Annual statistical returns and brief notes on vaccination in Bengal - 1887-1898
Year: 1887
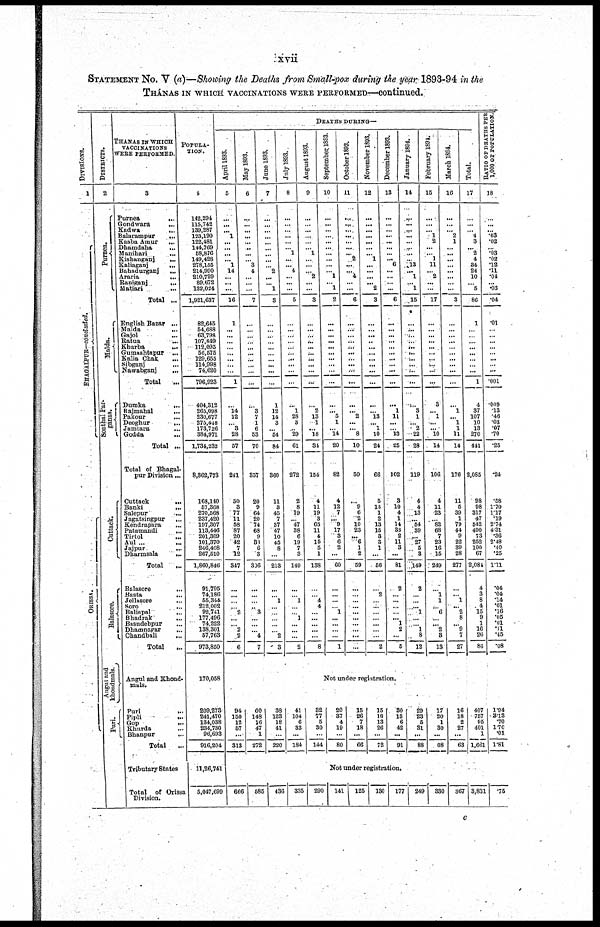
xvii
STATEMENT No. V (a)—Showing the Deaths from Small-pox during the year 1893-94 in the
THÁNAS IN WHICH VACCINATIONS WERE PERFORMED—continued.
DIVISIONS.
1
BHAGALPUR—concluded.
ORISSA.
DISTRICTS.
2
Purnea.
Malda.
Sonthal Par-
ganas.
Cuttack.
Balasore.
Angul and
khondmals.
Puri.
THANAS IN WHICH
VACCINATIONS
WERE PERFORMED.
3
Purnea
...
Gondwara
...
Kadwa
...
Balarampur
...
Kasba Amur
...
Dhamdaha ...
Manihari ...
Kishanganj ...
Kaliaganj ...
Bahadurganj ...
Araria ...
Raniganj
...
Matiari
...
Total ...
English Bazar ...
Malda
...
Gajol ...
Ratna ...
Kharba
...
Gumashtapur
...
Kalia Chak ...
Sibganj ...
Nawabganj
...
Total
...
Dumka
...
Rajmahal
...
Pakour ...
Deoghur
...
Jamtara
...
Godda
...
Total ...
Total of Bhagal-
pur Division ...
Cuttack
...
Banki
...
Salepur ...
Jagatsingpur
...
Kendrapara
...
Patamandi
...
Tirtol ...
Aul ...
Jajpur
...
Dharmsala
...
Total
...
Balasore
...
Basta
...
Jellasore ...
Soro
...
Baliapal
...
Bhadrak
...
Basudebpur ...
Dhamnagar
...
Chandbali ...
Total
...
Angul and Khond-
mals.
Puri
...
Pipli
...
Gop
...
Khurda
...
Bhanpur ...
Total
...
Tributary States
Total
of Orissa
Division.
POPULA-
TION.
4
142,294
115,742
139,287
123,190
122,481
144,769
58,876
149,428
278,155
214,990
210,729
89,672
132,024
1,921,637
82,645
54,688
63,798
107,849
112,095
56,575
129,655
114,998
74,620
796,923
404,312
265,098
230,677
275,448
173,726
384,971
1,734,232
8,362,773
168,140
57,368
270,568
237,420
197,307
113,446
201,309
101,370
246,408
267,510
1,860,846
91,795
74,186
55,344
212,002
92,741
177,496
74,222
138,301
57,763
973,850
170,058
209,273
241,470
134,038
234,730
96,693
916,204
11,26,741
5,047,699
DEATHS DURING—
April 1893.
5
...
...
... 1
...
...
...
... 1
14
...
...
...
16
1
...
...
...
...
...
...
...
...
1
...
14
12
... 3
28
57
241
30
3
77
11
58
87
20
42
7
12
347
...
...
...
...
2
...
...
2
2
6
May 1893.
6
...
...
...
...
...
...
...
... 3
4
...
...
...
7
...
...
...
...
...
...
...
...
...
...
...
3
7
1
6
53
70
357
20
9
64
20
74
68
9
38
6
3
306
...
...
...
... 3
...
...
...
4
7
June 1893.
7
...
...
...
...
...
...
...
...
...
2
...
... 1
3
...
...
...
...
...
...
...
...
...
...
1
12
14
3
...
54
84
360
11
3
45
7
37
47
10
45
8
...
213
...
... 1
...
...
...
...
...
2
3
July 1893.
8
...
...
...
... ...
... 1
...
... 4
...
...
...
5
...
...
...
...
...
...
...
...
...
...
...
1
28
3
...
29
61
272
2
8
19
... 47
38
6
19
7
3
149
...
...
1
...
...
1
...
...
...
2
August 1893.
9
...
...
...
...
...
...
1
...
...
... 2
...
...
3
...
...
...
...
...
...
...
...
...
...
...
2
13
1
... 18
34
154
4
11
19
3
65
11
4
15
5
1
138
...
...
4
4
...
...
...
...
...
8
September 1893.
10
...
...
...
...
...
...
...
...
...
... 1
... 1
2
...
...
...
...
...
...
...
...
...
...
...
... 5
1
... 14
20
82
4
12
7
... 9
17
3
6
2
...
60
...
...
...
... 1
...
...
...
...
1
October 1893.
11
...
...
...
... ...
...
... 2
...
...
4
...
...
6
...
...
...
...
...
...
...
...
...
...
...
... 2
...
... 8
10
50
...
9
6
2
10
23
... 6
1
2
59
...
...
...
...
...
...
...
...
...
...
November 1893.
12
...
...
...
...
...
... ...
1
...
...
...
... 2
3
...
...
... ...
...
...
...
...
...
...
...
... 13
... 1
10
24
66
5
13
1
2
13
15
3
3
1
...
56
...
2
...
...
...
...
...
...
...
2
December 1893.
13
...
...
...
... ...
...
...
... 6
...
...
...
...
6
...
...
... ...
...
...
...
...
...
...
...
1
11
...
...
13
25
102
3
10
4
1
14
33
2
11
3
...
81
2
...
...
...
...
... 1
2
...
5
January 1894.
14
...
...
...
...
...
...
...
...
13
... 1
... 1
15
...
...
...
...
...
...
...
...
...
...
...
3
1
... 2
22
28
119
4
4
13
...
54
39
...
27
5
3
149
2
...
...
...
1
...
...
1
8
12
February 1894.
15
...
...
... 1
2
...
... 1
11
... 2
...
...
17
...
...
...
...
...
...
...
...
...
...
3
... 1
...
... 10
14
106
4
11
23
...
82
68
7
23
16
15
249
...
1
1
...
6
...
...
2
3
13
March 1894.
16
...
...
... 2
1
...
...
...
...
...
...
...
...
3
...
...
...
...
...
...
...
...
...
...
...
1
... 1
1
11
14
176
11
5
39
1
79
44
9
22
39
28
277
...
...
1
... 2
8
...
9
7
27
Total.
17
...
...
... 4
3
...
2
4
34
24
10
... 5
86
1
...
...
...
...
...
...
...
...
1
4
37
107
10
13
270
441
2,085
98
98
317
47
542
490
73
252
100
67
2,084
4
3
8
4
15
9
1
16
26
86
RATIO OF DEATHS PER
1,000 OF POPULATION.
18
...
...
...
.03
.02
... .03
.02
.12
.11
.04
... .03
.04
.01
...
...
...
...
...
...
...
...
.001
.009
.13
.46
.03
.07
.70
.25
.24
.58
1.70
1.17
.19
2.74
4.31
.36
2.48
.40
.25
1.11
.04
.04
.14
.01
.16
.05
.01
.11
.45
.08
Not under registration.
94
150
12
57
...
313
60
148
16
47
1
272
38
123
18
41
...
220
41
104
6
33
...
184
32
77
5
30
...
144
20
37
4
19
...
80
15
26
7
18
...
66
15
18
13
26
...
72
30
13
6
42
...
91
29
23
5
31
...
88
17
20
1
30
...
68
16
18
2
27
...
63
407
757
95
401
1
1,661
1.94
3.13
.70
1.70
.01
1.81
Not under registration.
666
585
436
335
290
141
125
130
177
249
330
367 3,831
.75
c